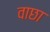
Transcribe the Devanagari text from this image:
वाछा